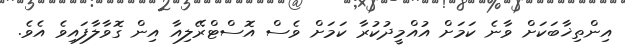
އިންތިޚާބަކަށް ވާނެ ކަމަށް އުއްމީދުކުރާ ކަމަށް ވެސް އޮސްޓްރޭލިއާ އިން ގޮވާލާފައިވެ އެވެ.